Report of the Indian Hemp Drugs Commission, 1894-1895 - Volume II
Year: 1894
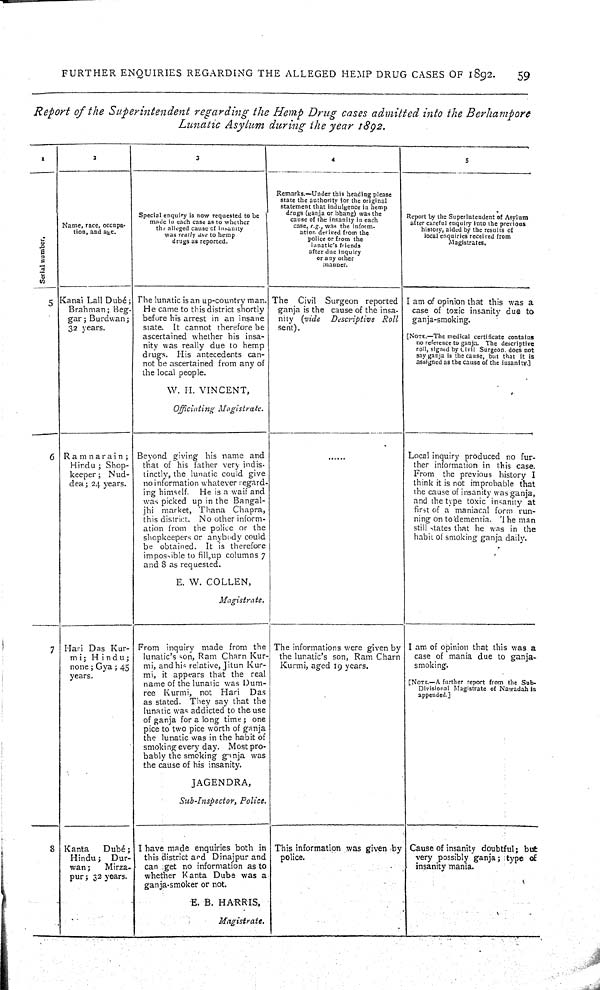
FURTHER ENQUIRIES REGARDING THE ALLEGED HEMP DRUG CASES OF 1892.
59
Report of the Superintendent regarding the Hemp Drug cases admitted into the Berhampore
Lunatic Asylum during the year 1892.
1
2
3
4
5
Serial number.
Name, race, occupa-
tion, and age.
Special enquiry is now requested to be
made in each case as to whether
the alleged cause of insanity
was really due to hemp
drugs as reported.
Remarks.—Under this heading please
state the authority for the original
statement that indulgence in hemp
drugs (ganja or bhang) was the
cause of the insanity in each
case, e.g., was the inform-
ation derived from the
police or from the
lunatic's friends
after due inquiry
or any other
manner.
Report by the Superintendent of Asylum
after careful enquiry into the previous
history, aided by the results of
local enquiries received from
Magistrates.
Serial number.
Name, race, occupa-
tion, and age.
Special enquiry is now requested to be
made in each case as to whether
the alleged cause of insanity
was really due to hemp
drugs as reported.
Remarks.—Under this heading please
state the authority for the original
statement that indulgence in hemp
drugs (ganja or bhang) was the
cause of the insanity in each
case, e.g., was the inform-
ation derived from the
police or from the
lunatic's friends
after due inquiry
or any other
manner.
Report by the Superintendent of Asylum
after careful enquiry into the previous
history, aided by the results of
local enquiries received from
Magistrates.
Serial number.
Name, race, occupa-
tion, and age.
Special enquiry is now requested to be
made in each case as to whether
the alleged cause of insanity
was really due to hemp
drugs as reported.
Remarks.—Under this heading please
state the authority for the original
statement that indulgence in hemp
drugs (ganja or bhang) was the
cause of the insanity in each
case, e.g., was the inform-
ation derived from the
police or from the
lunatic's friends
after due inquiry
or any other
manner.
Report by the Superintendent of Asylum
after careful enquiry into the previous
history, aided by the results of
local enquiries received from
Magistrates.
Serial number.
Name, race, occupa-
tion, and age.
Special enquiry is now requested to be
made in each case as to whether
the alleged cause of insanity
was really due to hemp
drugs as reported.
Remarks.—Under this heading please
state the authority for the original
statement that indulgence in hemp
drugs (ganja or bhang) was the
cause of the insanity in each
case, e.g., was the inform-
ation derived from the
police or from the
lunatic's friends
after due inquiry
or any other
manner.
Report by the Superintendent of Asylum
after careful enquiry into the previous
history, aided by the results of
local enquiries received from
Magistrates.
Serial number.
Name, race, occupa-
tion, and age.
Special enquiry is now requested to be
made in each case as to whether
the alleged cause of insanity
was really due to hemp
drugs as reported.
Remarks.—Under this heading please
state the authority for the original
statement that indulgence in hemp
drugs (ganja or bhang) was the
cause of the insanity in each
case, e.g., was the inform-
ation derived from the
police or from the
lunatic's friends
after due inquiry
or any other
manner.
Report by the Superintendent of Asylum
after careful enquiry into the previous
history, aided by the results of
local enquiries received from
Magistrates.
Serial number.
Name, race, occupa-
tion, and age.
Special enquiry is now requested to be
made in each case as to whether
the alleged cause of insanity
was really due to hemp
drugs as reported.
Remarks.—Under this heading please
state the authority for the original
statement that indulgence in hemp
drugs (ganja or bhang) was the
cause of the insanity in each
case, e.g., was the inform-
ation derived from the
police or from the
lunatic's friends
after due inquiry
or any other
manner.
Report by the Superintendent of Asylum
after careful enquiry into the previous
history, aided by the results of
local enquiries received from
Magistrates.
5 Kanai Lall Dubé;
Brahman; Beg-
gar; Burdwan;
32 years.
The lunatic is an up-country man.
He came to this district shortly
before his arrest in an insane
state. It cannot therefore be
ascertained whether his insa-
nity was really due to hemp
drugs. His antecedents can-
not be ascertained from any of
the local people.
W. H. VINCENT,
Officiating Magistrate.
The Civil Surgeon reported
ganja is the cause of the insa-
nity (vide
Descriptive Roll
sent).
I am of opinion that this was a
case of toxic insanity due to
ganja-smoking.
[NOTE.—The medical certificate contains
no reference to ganja. The descriptive
roll, signed by Civil Surgeon, does not
say ganja is the cause, but that it Is
assigned as the cause of the insanity.]
5 Kanai Lall Dubé;
Brahman; Beg-
gar; Burdwan;
32 years.
The lunatic is an up-country man.
He came to this district shortly
before his arrest in an insane
state. It cannot therefore be
ascertained whether his insa-
nity was really due to hemp
drugs. His antecedents can-
not be ascertained from any of
the local people.
W. H. VINCENT,
Officiating Magistrate.
The Civil Surgeon reported
ganja is the cause of the insa-
nity (vide
Descriptive Roll
sent).
I am of opinion that this was a
case of toxic insanity due to
ganja-smoking.
[NOTE.—The medical certificate contains
no reference to ganja. The descriptive
roll, signed by Civil Surgeon, does not
say ganja is the cause, but that it Is
assigned as the cause of the insanity.]
5 Kanai Lall Dubé;
Brahman; Beg-
gar; Burdwan;
32 years.
The lunatic is an up-country man.
He came to this district shortly
before his arrest in an insane
state. It cannot therefore be
ascertained whether his insa-
nity was really due to hemp
drugs. His antecedents can-
not be ascertained from any of
the local people.
W. H. VINCENT,
Officiating Magistrate.
The Civil Surgeon reported
ganja is the cause of the insa-
nity (vide
Descriptive Roll
sent).
I am of opinion that this was a
case of toxic insanity due to
ganja-smoking.
[NOTE.—The medical certificate contains
no reference to ganja. The descriptive
roll, signed by Civil Surgeon, does not
say ganja is the cause, but that it Is
assigned as the cause of the insanity.]
5 Kanai Lall Dubé;
Brahman; Beg-
gar; Burdwan;
32 years.
The lunatic is an up-country man.
He came to this district shortly
before his arrest in an insane
state. It cannot therefore be
ascertained whether his insa-
nity was really due to hemp
drugs. His antecedents can-
not be ascertained from any of
the local people.
W. H. VINCENT,
Officiating Magistrate.
The Civil Surgeon reported
ganja is the cause of the insa-
nity (vide
Descriptive Roll
sent).
I am of opinion that this was a
case of toxic insanity due to
ganja-smoking.
[NOTE.—The medical certificate contains
no reference to ganja. The descriptive
roll, signed by Civil Surgeon, does not
say ganja is the cause, but that it Is
assigned as the cause of the insanity.]
6 Ramnarain;
Hindu; Shop-
keeper; Nud-
dea; 24 years.
Beyond giving his name and
that of his father very indis-
tinctly, the lunatic could give
no information whatever regard-
ing himself. He is a waif and
was picked up in the Bangal-
jhi market, Thana Chapra,
this district. No other inform-
ation from the police or the
shopkeepers or anybody could
be obtained. It is therefore
impossible to fill up columns 7
and 8 as requested.
E. W. COLLEN,
Magistrate.
Local inquiry produced no fur-
ther information in this case.
From the previous history I
think it is not improbable that
the cause of insanity was ganja,
and the type toxic insanity at
first of a maniacal form run-
ning on to dementia. The man
still states that he was in the
habit of smoking ganja daily.
6 Ramnarain;
Hindu; Shop-
keeper; Nud-
dea; 24 years.
Beyond giving his name and
that of his father very indis-
tinctly, the lunatic could give
no information whatever regard-
ing himself. He is a waif and
was picked up in the Bangal-
jhi market, Thana Chapra,
this district. No other inform-
ation from the police or the
shopkeepers or anybody could
be obtained. It is therefore
impossible to fill up columns 7
and 8 as requested.
E. W. COLLEN,
Magistrate.
Local inquiry produced no fur-
ther information in this case.
From the previous history I
think it is not improbable that
the cause of insanity was ganja,
and the type toxic insanity at
first of a maniacal form run-
ning on to dementia. The man
still states that he was in the
habit of smoking ganja daily.
6 Ramnarain;
Hindu; Shop-
keeper; Nud-
dea; 24 years.
Beyond giving his name and
that of his father very indis-
tinctly, the lunatic could give
no information whatever regard-
ing himself. He is a waif and
was picked up in the Bangal-
jhi market, Thana Chapra,
this district. No other inform-
ation from the police or the
shopkeepers or anybody could
be obtained. It is therefore
impossible to fill up columns 7
and 8 as requested.
E. W. COLLEN,
Magistrate.
Local inquiry produced no fur-
ther information in this case.
From the previous history I
think it is not improbable that
the cause of insanity was ganja,
and the type toxic insanity at
first of a maniacal form run-
ning on to dementia. The man
still states that he was in the
habit of smoking ganja daily.
6 Ramnarain;
Hindu; Shop-
keeper; Nud-
dea; 24 years.
Beyond giving his name and
that of his father very indis-
tinctly, the lunatic could give
no information whatever regard-
ing himself. He is a waif and
was picked up in the Bangal-
jhi market, Thana Chapra,
this district. No other inform-
ation from the police or the
shopkeepers or anybody could
be obtained. It is therefore
impossible to fill up columns 7
and 8 as requested.
E. W. COLLEN,
Magistrate.
Local inquiry produced no fur-
ther information in this case.
From the previous history I
think it is not improbable that
the cause of insanity was ganja,
and the type toxic insanity at
first of a maniacal form run-
ning on to dementia. The man
still states that he was in the
habit of smoking ganja daily.
7 Hari Das Kur-
mi; Hindu;
none; Gya; 45
years.
From inquiry made from the
lunatic's son, Ram Charn Kur-
mi, and his relative, Jitun Kur-
mi, it appears that the real
name of the lunatic was Dum-
ree Kurmi, not Hari Das
as stated. They say that the
lunatic was addicted to the use
of ganja for a long time; one
pice to two pice worth of ganja
the lunatic was in the habit of
smoking every day. Most pro-
bably the smoking ganja was
the cause of his insanity.
JAGENDRA,
Sub-Inspector, Police.
The informations were given by
the lunatic's son, Ram Charn
Kurmi, aged 19 years.
I am of opinion that this was a
case of mania due to ganja-
smoking.
[NOTE.—A farther report from the Sub-
Divisional Magistrate of Nawadah is
appended.]
7 Hari Das Kur-
mi; Hindu;
none; Gya; 45
years.
From inquiry made from the
lunatic's son, Ram Charn Kur-
mi, and his relative, Jitun Kur-
mi, it appears that the real
name of the lunatic was Dum-
ree Kurmi, not Hari Das
as stated. They say that the
lunatic was addicted to the use
of ganja for a long time; one
pice to two pice worth of ganja
the lunatic was in the habit of
smoking every day. Most pro-
bably the smoking ganja was
the cause of his insanity.
JAGENDRA,
Sub-Inspector, Police.
The informations were given by
the lunatic's son, Ram Charn
Kurmi, aged 19 years.
I am of opinion that this was a
case of mania due to ganja-
smoking.
[NOTE.—A farther report from the Sub-
Divisional Magistrate of Nawadah is
appended.]
7 Hari Das Kur-
mi; Hindu;
none; Gya; 45
years.
From inquiry made from the
lunatic's son, Ram Charn Kur-
mi, and his relative, Jitun Kur-
mi, it appears that the real
name of the lunatic was Dum-
ree Kurmi, not Hari Das
as stated. They say that the
lunatic was addicted to the use
of ganja for a long time; one
pice to two pice worth of ganja
the lunatic was in the habit of
smoking every day. Most pro-
bably the smoking ganja was
the cause of his insanity.
JAGENDRA,
Sub-Inspector, Police.
The informations were given by
the lunatic's son, Ram Charn
Kurmi, aged 19 years.
I am of opinion that this was a
case of mania due to ganja-
smoking.
[NOTE.—A farther report from the Sub-
Divisional Magistrate of Nawadah is
appended.]
7 Hari Das Kur-
mi; Hindu;
none; Gya; 45
years.
From inquiry made from the
lunatic's son, Ram Charn Kur-
mi, and his relative, Jitun Kur-
mi, it appears that the real
name of the lunatic was Dum-
ree Kurmi, not Hari Das
as stated. They say that the
lunatic was addicted to the use
of ganja for a long time; one
pice to two pice worth of ganja
the lunatic was in the habit of
smoking every day. Most pro-
bably the smoking ganja was
the cause of his insanity.
JAGENDRA,
Sub-Inspector, Police.
The informations were given by
the lunatic's son, Ram Charn
Kurmi, aged 19 years.
I am of opinion that this was a
case of mania due to ganja-
smoking.
[NOTE.—A farther report from the Sub-
Divisional Magistrate of Nawadah is
appended.]
8 Kanta
Dubé;
Hindu; Dur-
wan;
Mirza-
pur; 32 years.
I have made enquiries both in
this district and Dinajpur and
can get no information as to
whether Kanta Dube was a
ganja-smoker or not.
E. B. HARRIS,
Magistrate.
This information was given by
police.
Cause of insanity doubtful; but
very possibly ganja; type of
insanity mania.
8 Kanta
Dubé;
Hindu; Dur-
wan;
Mirza-
pur; 32 years.
I have made enquiries both in
this district and Dinajpur and
can get no information as to
whether Kanta Dube was a
ganja-smoker or not.
E. B. HARRIS,
Magistrate.
This information was given by
police.
Cause of insanity doubtful; but
very possibly ganja; type of
insanity mania.
8 Kanta
Dubé;
Hindu; Dur-
wan;
Mirza-
pur; 32 years.
I have made enquiries both in
this district and Dinajpur and
can get no information as to
whether Kanta Dube was a
ganja-smoker or not.
E. B. HARRIS,
Magistrate.
This information was given by
police.
Cause of insanity doubtful; but
very possibly ganja; type of
insanity mania.